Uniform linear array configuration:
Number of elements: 32
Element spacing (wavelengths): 0.75
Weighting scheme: binomial
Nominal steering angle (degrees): -15
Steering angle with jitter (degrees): -14.152
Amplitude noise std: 0.05
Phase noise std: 0.05

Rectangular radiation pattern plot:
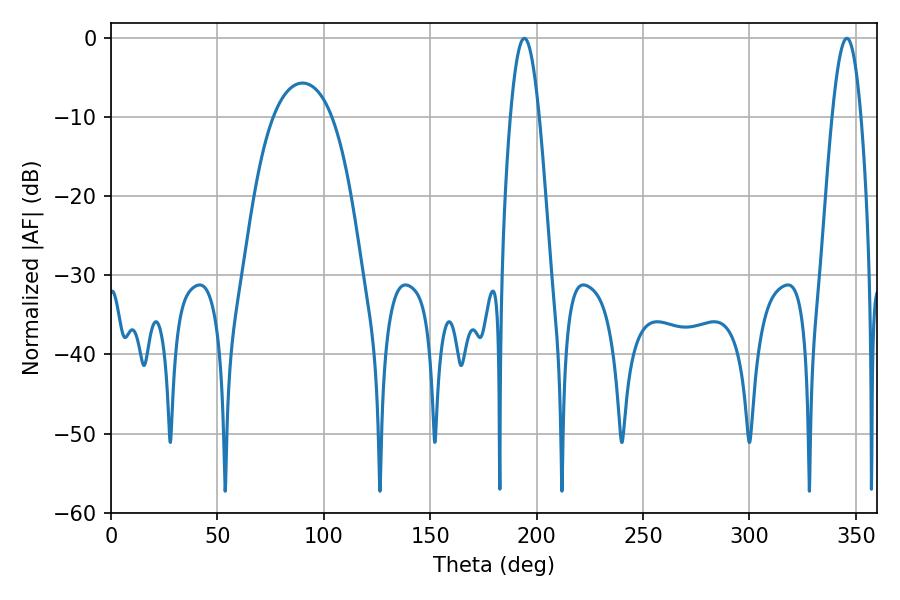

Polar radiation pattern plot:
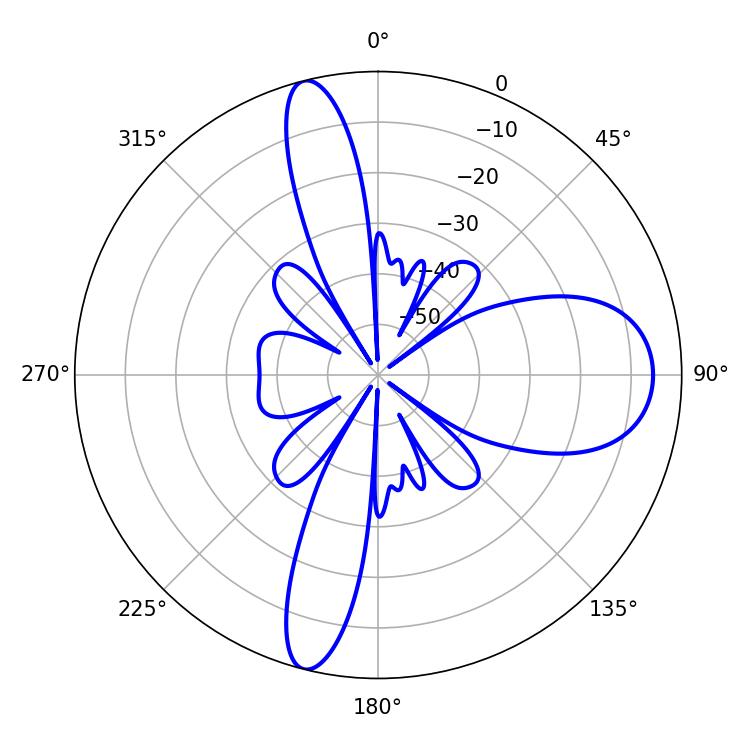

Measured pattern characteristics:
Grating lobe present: TRUE
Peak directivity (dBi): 16.589
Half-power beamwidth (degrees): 7.38
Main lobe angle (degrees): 194.22